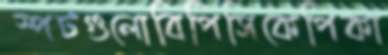
স্পটগুলোবিপিসিকেপিকা